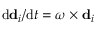
\mathrm { d } \mathbf { d } _ { i } / { \mathrm { d } t } = \boldsymbol { \omega } \times \mathbf { d } _ { i }